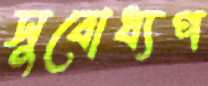
সুবোধ্যপ